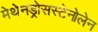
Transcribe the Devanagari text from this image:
मेथेनड्रोसस्टेनोलेन